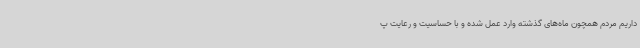
داریم مردم همچون ماه‌های گذشته وارد عمل شده و با حساسیت و رعایت پ